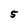
Character: 5